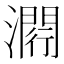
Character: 𤀵